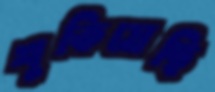
শুকিয়েছি